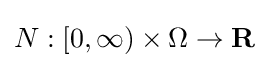
N:[0,\infty )\times \Omega \to \mathbf {R}